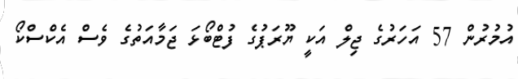
އުމުރުން 57 އަހަރުގެ ޖިލް އަކީ ޔޫރަޕުގެ ފުޓްބޯޅަ ޖަމާއަތުގެ ވެސް އެކްސްކޯ